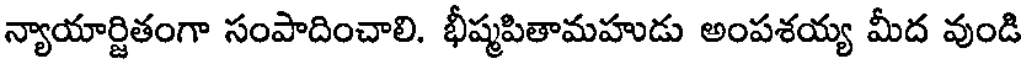
న్యాయార్జితంగా సంపాదించాలి. భీష్మపితామహుడు అంపశయ్య మీద వుండి